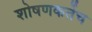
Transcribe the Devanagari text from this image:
शोषणकर्तेच